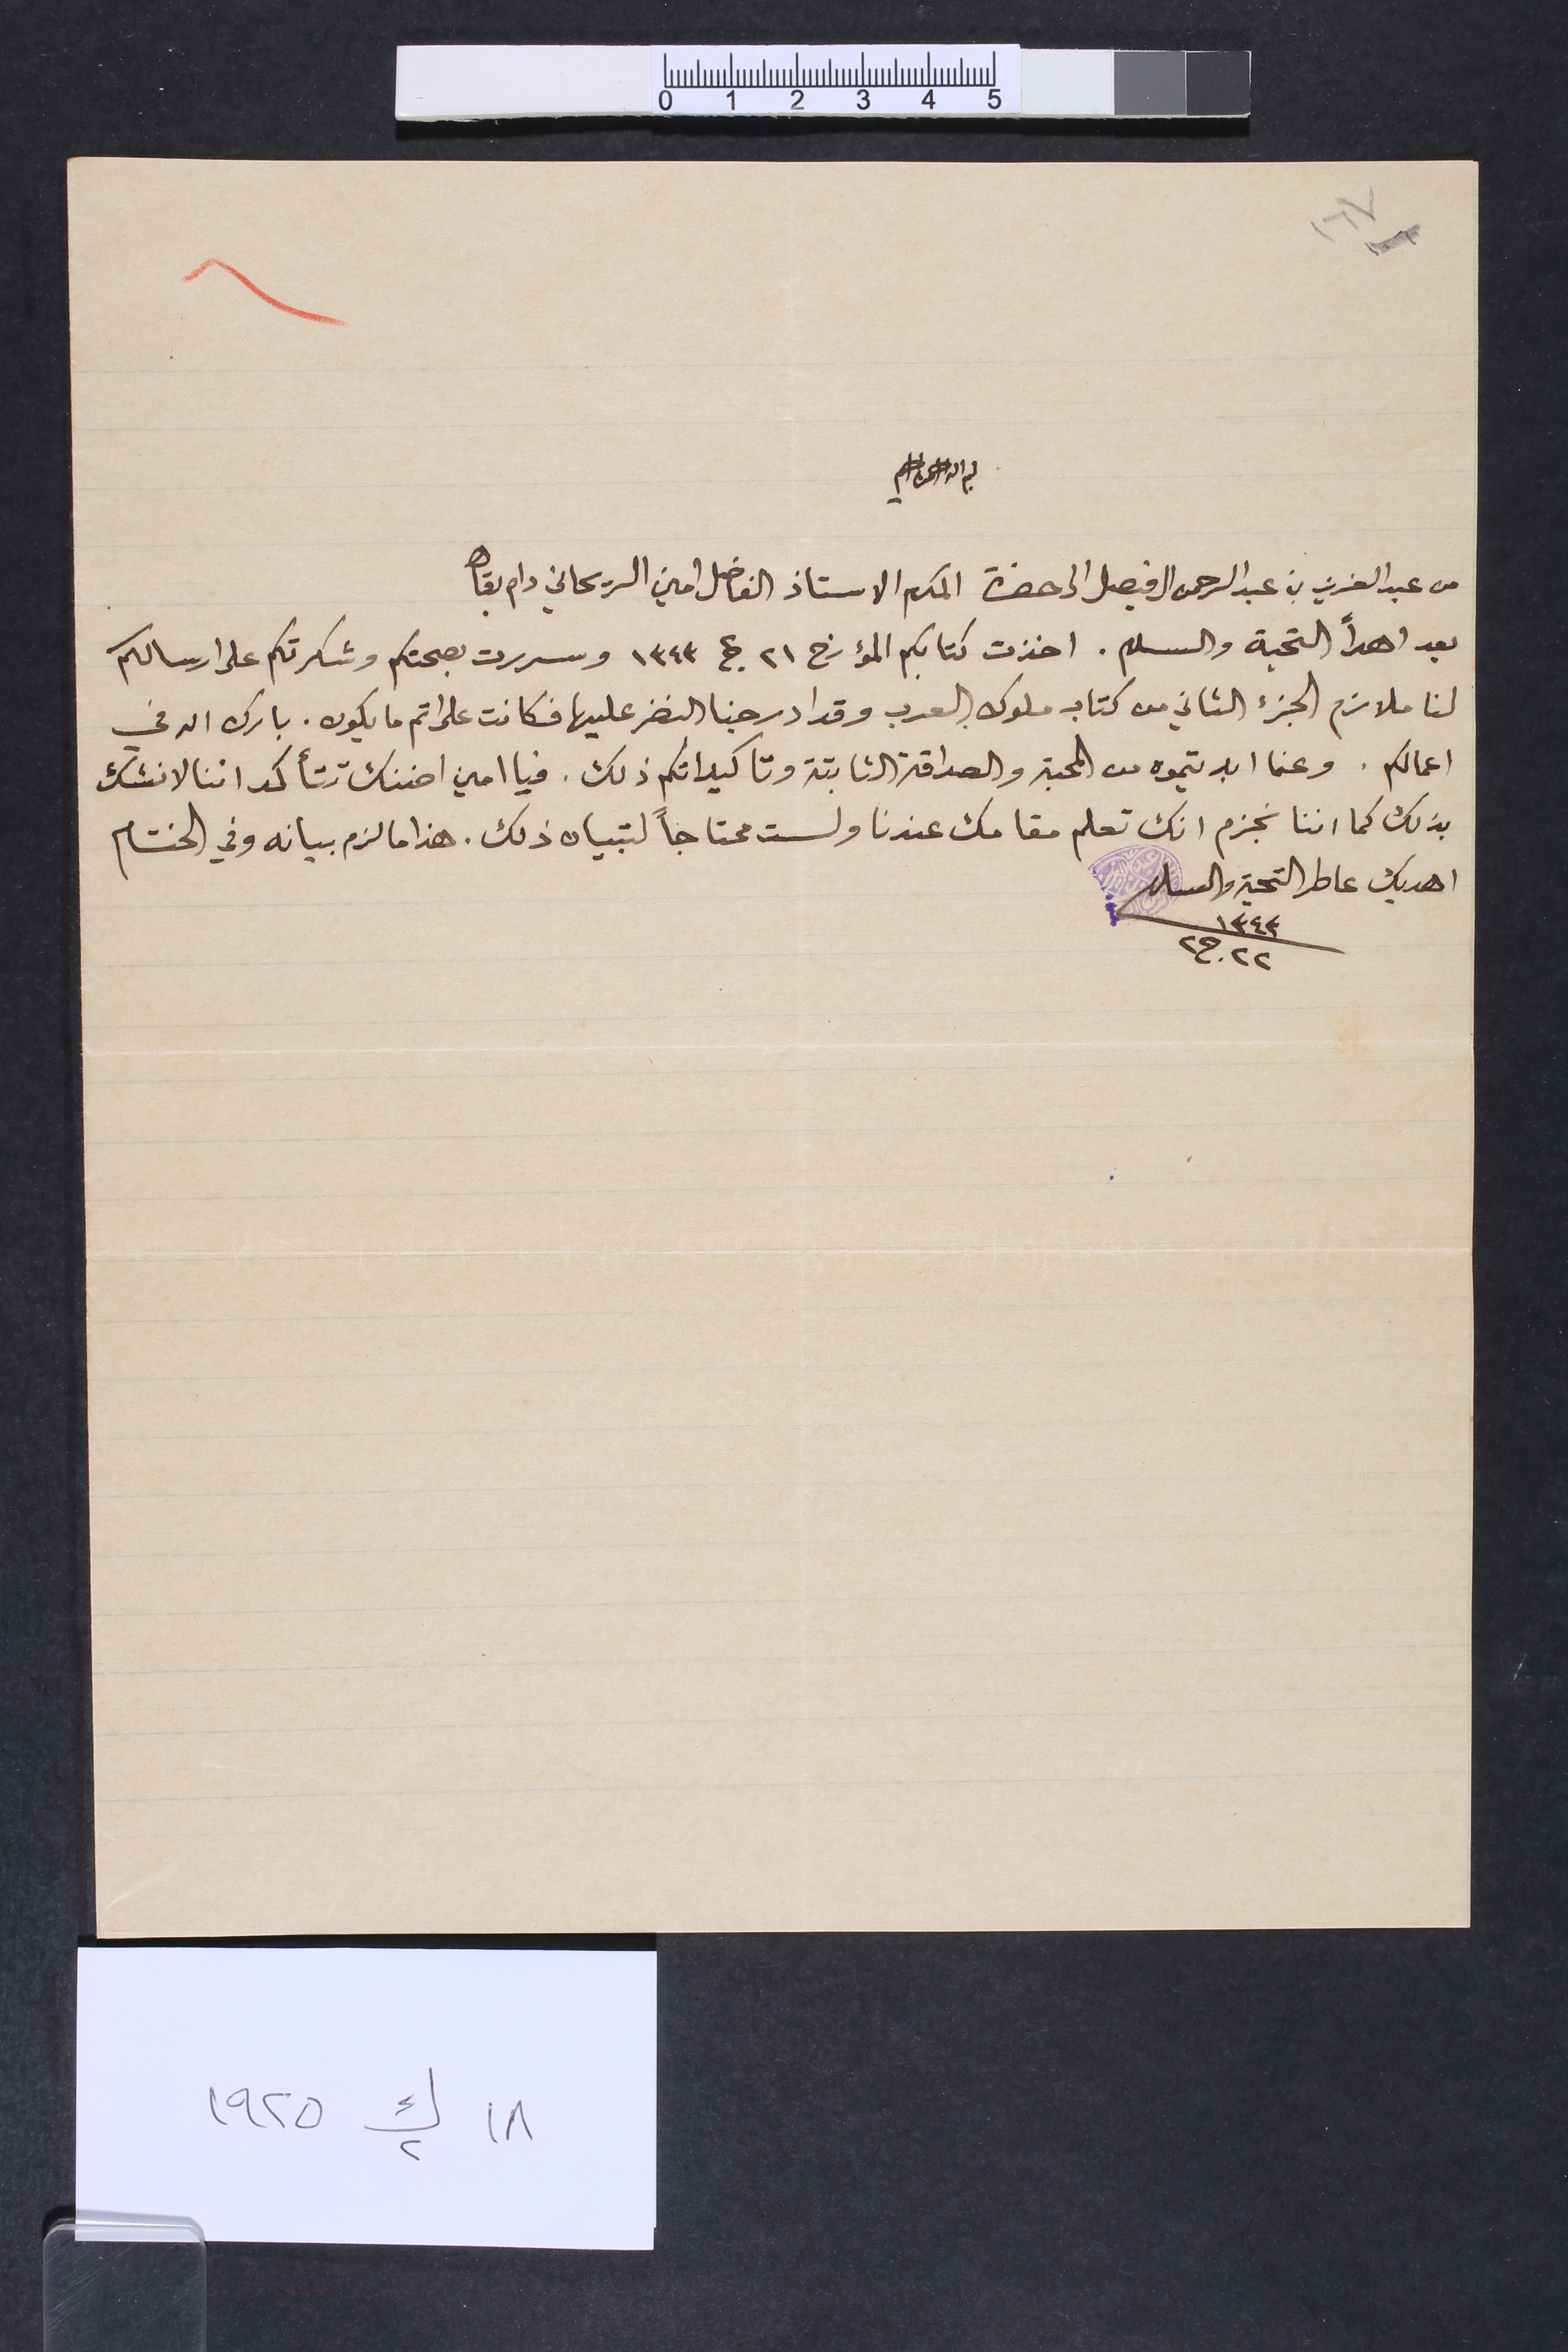
١٦٧					٦
بسم الله الرحمن الرحيم
من عبد العزيز بن عبد الرحمن ال فيصل الى حضرة المكرم الاستاذ الفاضل امين الريحاني دام بقاه
بعد اهدأ التحية والسلام. اخذت كتابكم المؤرخ ٢١ ج٢ ١٣٤٣ وسررت بصحتكم وشكرتكم على ارسالكم
لنا ملازم الجزء الثاني من كتاب ملوك العرب وقد ادرجنا النضر عليها فكانت على اتم ما يكون. بارك الله في
اعمالكم. وعما ابديتموه من المحبة والصداقة الثابتة وتاكيداتكم ذلك. فيا امين اضنك تتأكد اننا لا نشك
بذلك كما اننا نجزم انك تعلم مقامك عندنا ولست محتاجاً لتبيان ذلك. هذا ما لزم بيانه وفي الختام
اهديك عاطر التحية والسلام	١٣٤٣ ٢٢ ج٢
١٨ ك٢ ١٩٢٥